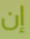
إن